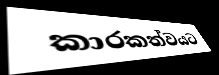
කාරකත්වයට